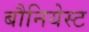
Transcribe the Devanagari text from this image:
बौनियेस्ट